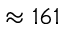
\approx 1 6 1